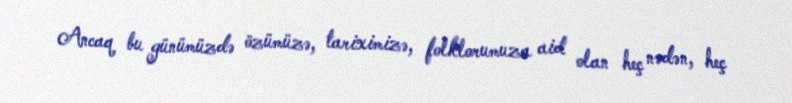
Ancaq bu günümüzdə özümüzə, tariximizə, folklorumuza aid olan heç nədən, heç